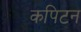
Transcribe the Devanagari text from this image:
कपिटन